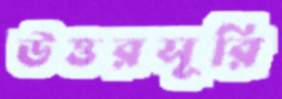
উত্তরসূরি